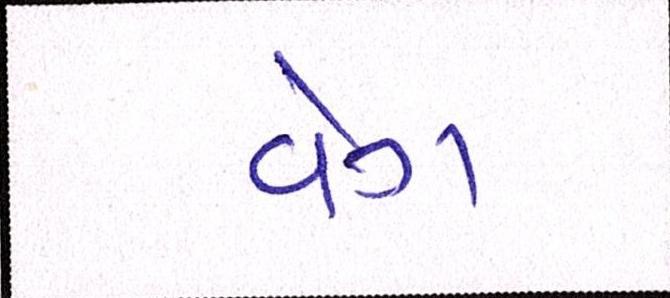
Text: વેગ